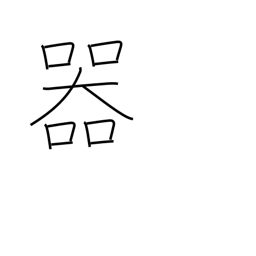
Meaning: container